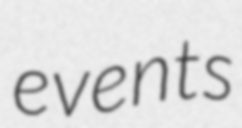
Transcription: events